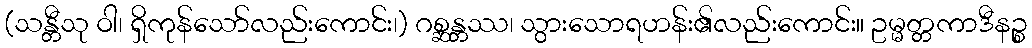
(သန္တီသု ဝါ၊ ရှိကုန်သော်လည်းကောင်း၊) ဂစ္ဆန္တဿ၊ သွားသောရဟန်း၏လည်းကောင်း။ ဥမ္မတ္တကာဒီနဉ္စ